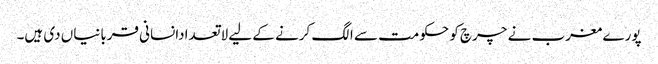
پورے مغرب نے چرچ کو حکومت سے الگ کرنے کے لیے لاتعدادانسانی قربانیاں دی ہیں۔